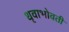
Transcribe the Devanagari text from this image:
धृवाभोवती